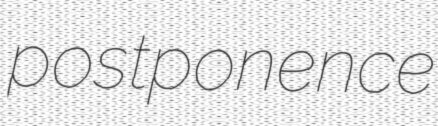
postponence